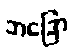
ဘဒြော